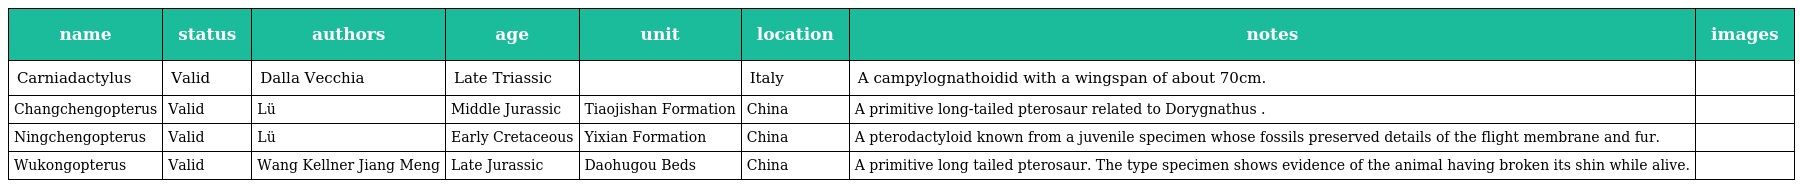
| name | status | authors | age | unit | location | notes | images |
 | --- | --- | --- | --- | --- | --- | --- | --- |
 | Carniadactylus | Valid | Dalla Vecchia | Late Triassic |  | Italy | A campylognathoidid with a wingspan of about 70cm. |  |
 | Changchengopterus | Valid | Lü | Middle Jurassic | Tiaojishan Formation | China | A primitive long-tailed pterosaur related to Dorygnathus . |  |
 | Ningchengopterus | Valid | Lü | Early Cretaceous | Yixian Formation | China | A pterodactyloid known from a juvenile specimen whose fossils preserved details of the flight membrane and fur. |  |
 | Wukongopterus | Valid | Wang Kellner Jiang Meng | Late Jurassic | Daohugou Beds | China | A primitive long tailed pterosaur. The type specimen shows evidence of the animal having broken its shin while alive. |  |